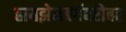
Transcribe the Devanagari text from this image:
हायझेनबर्गबरोबर